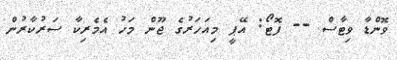
ވޮންޑާ ވިޓާސް -- ފޮޓޯ: އޭޕީ މިއަހަރުގެ ޖޫން މަހު އެމެރިކާ ސަރުކާރުން